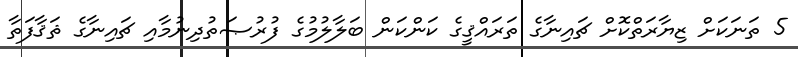
5 ތަނަކަށް ޒިޔާރަތްކޮށް ޗައިނާގެ ތަރައްޤީގެ ކަންކަން ބަލާލުމުގެ ފުރުޞަތުދިނުމާއި ޗައިނާގެ ޘަޤާފަތާ